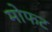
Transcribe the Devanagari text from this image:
मोफट